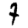
Digit: 7